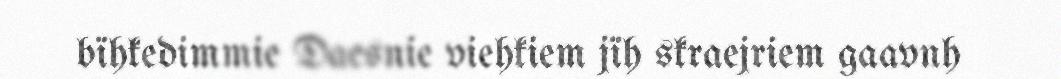
bïhkedimmie Daesnie viehkiem jïh skraejriem gaavnh